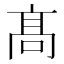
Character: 髙